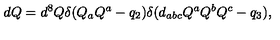
d Q = d ^ { 8 } Q \delta ( { Q _ { a } Q ^ { a } - q _ { 2 } } ) \delta ( { d _ { a b c } Q ^ { a } Q ^ { b } Q ^ { c } - q _ { 3 } } ) ,